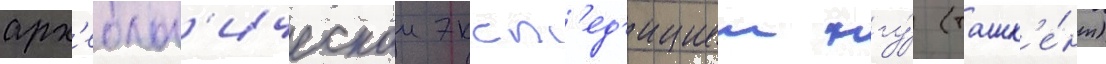
арх'еолог'ическои эксп'ед'ициеи нгу́ (ташк'е́нт)